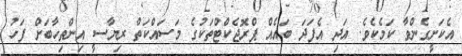
އެކަށީގެންވާ ކަމެކެވެ. އަދި އެފަދަ ބައެއް ޕްރޮޖެކްޓްތަކުގެ މަސައްކަތް ރިޔާސީ އިންތިހާބަށް ފަހު